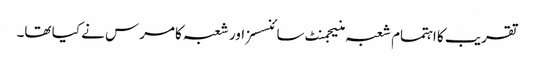
تقریب کا اہتمام شعبہ منیجمنٹ سائنسسز اور شعبہ کامرس نے کیا تھا۔